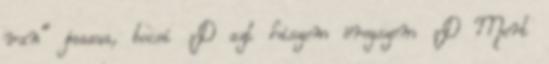
van" jaaaaa, bocsi :D azt hiszem öregszem :D Mert